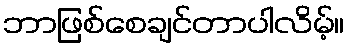
ဘာဖြစ်စေချင်တာပါလိမ့်။